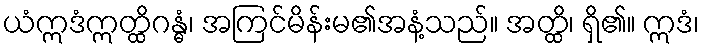
ယံဣဒံဣတ္ထိဂန္ဓံ၊ အကြင်မိန်းမ၏အနံ့သည်။ အတ္ထိ၊ ရှိ၏။ ဣဒံ၊